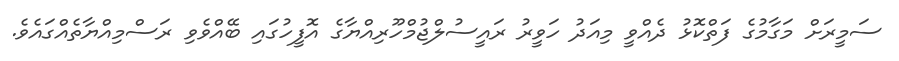
ސަމީރަށް މަގާމުގެ ފަތްކޮޅު ދެއްވީ މިއަދު ހަވީރު ރައީސުލްޖުމްހޫރިއްޔާގެ އޮފީހުގައި ބޭއްވެވި ރަސްމިއްޔާތެއްގައެވެ.